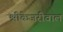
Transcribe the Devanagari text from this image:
श्रीकेजरीवाल